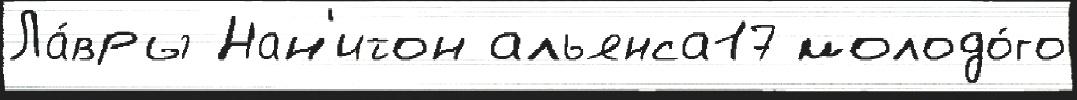
Ла́вры Нан'итон альянса17 молодо́го